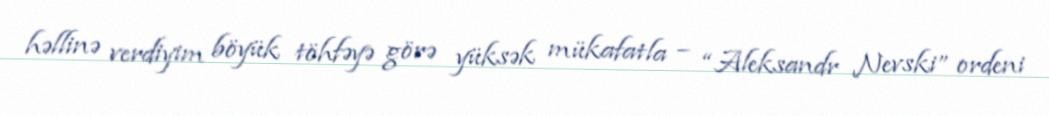
həllinə verdiyim böyük töhfəyə görə yüksək mükafatla – “Aleksandr Nevski” ordeni